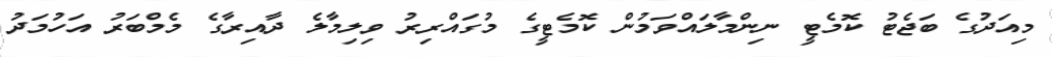
މިއަދުގެ ބަޖެޓު ކޮމެޓީ ނިންމާލައްވަމުން ކޮމެޓީގެ މުގައްރިރު ވިލިމާލެ ދާއިރާގެ މެމްބަރު އަހުމަދު